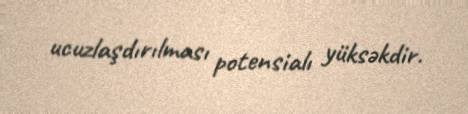
ucuzlaşdırılması potensialı yüksəkdir.